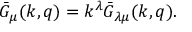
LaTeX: \bar { G } _ { \mu } ( k , q ) = k ^ { \lambda } \bar { G } _ { \lambda \mu } ( k , q ) .